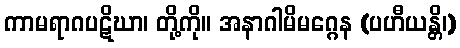
ကာမရာဂပဋိဃာ၊ တို့ကို။ အနာဂါမိမဂ္ဂေန (ပဟီယန္တိ၊)